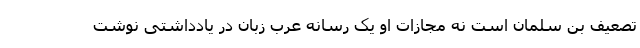
تصعیف بن سلمان است نه مجازات او یک رسانه عرب زبان در یادداشتی نوشت